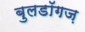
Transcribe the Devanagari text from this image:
बुलडॉगज़